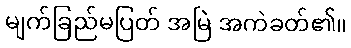
မျက်ခြည်မပြတ် အမြဲ အကဲခတ်၏။